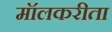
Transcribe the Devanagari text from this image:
मॉलकरीता